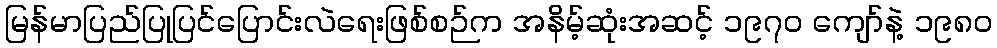
မြန်မာပြည်ပြုပြင်ပြောင်းလဲရေးဖြစ်စဉ်က အနိမ့်ဆုံးအဆင့် ၁၉၇၀ ကျော်နဲ့ ၁၉၈၀